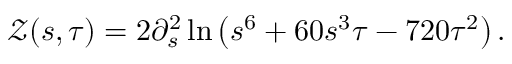
\mathcal { Z } ( s , \tau ) = 2 \partial _ { s } ^ { 2 } \ln \left( s ^ { 6 } + 6 0 s ^ { 3 } \tau - 7 2 0 \tau ^ { 2 } \right) .